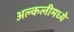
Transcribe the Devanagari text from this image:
अल्कलीमध्ये